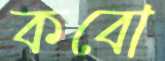
কবো